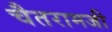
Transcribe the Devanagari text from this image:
चैतरामजी